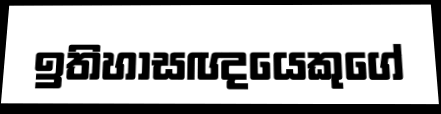
ඉතිහාසඥයෙකුගේ